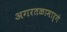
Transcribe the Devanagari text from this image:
अगरतळामार्गे